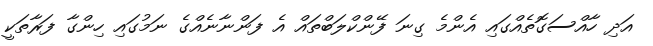
އަދި ހާއްސަގޮތެއްގައި އެންމެ ގިނަ ފޭންކްލަބްތައް އެ ފަންނާނެއްގެ ނަމުގައި ހިންގާ ފަރާތަކީ